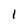
Character: 1